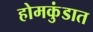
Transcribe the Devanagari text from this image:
होमकुंडात